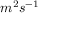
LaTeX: m ^ { 2 } s ^ { - 1 }